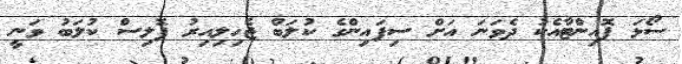
ސޯޅަ ޕޮއިންޓާއެކު ދެވަނަ އަށް ސިފައިންގެ ކުލަބް ޖެހިލިއިރު ޕޮލިސް ކުލަބު ވަނީ